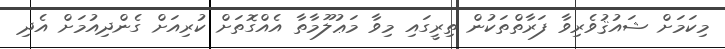
މިކަމަށް ޝައުޤުވެރިވާ ފަރާތްތަކުން ތިރީގައި މިވާ މަޢުލޫމާތާ އެއްގޮތަށް ކުރިއަށް ގެންދިއުމަށް އެދި